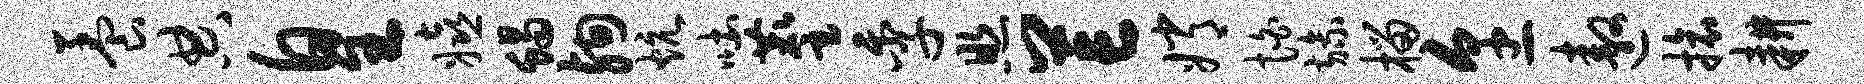
养典皇嬉蝎殉炕吐麈季照芒嫦怕旒榴烹遨旅耕